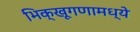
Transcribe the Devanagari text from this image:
भिक्खूगणामध्ये